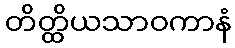
တိတ္ထိယသာဝကာနံ